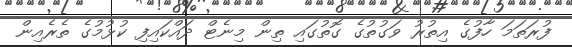
ފުރަތަމަ ހާފުގެ އިތުރު ވަގުތުގެ ގޮތުގައި ތިން މިނެޓް ދައްކައިފި ކުޅުމުގެ ތެރެއިން